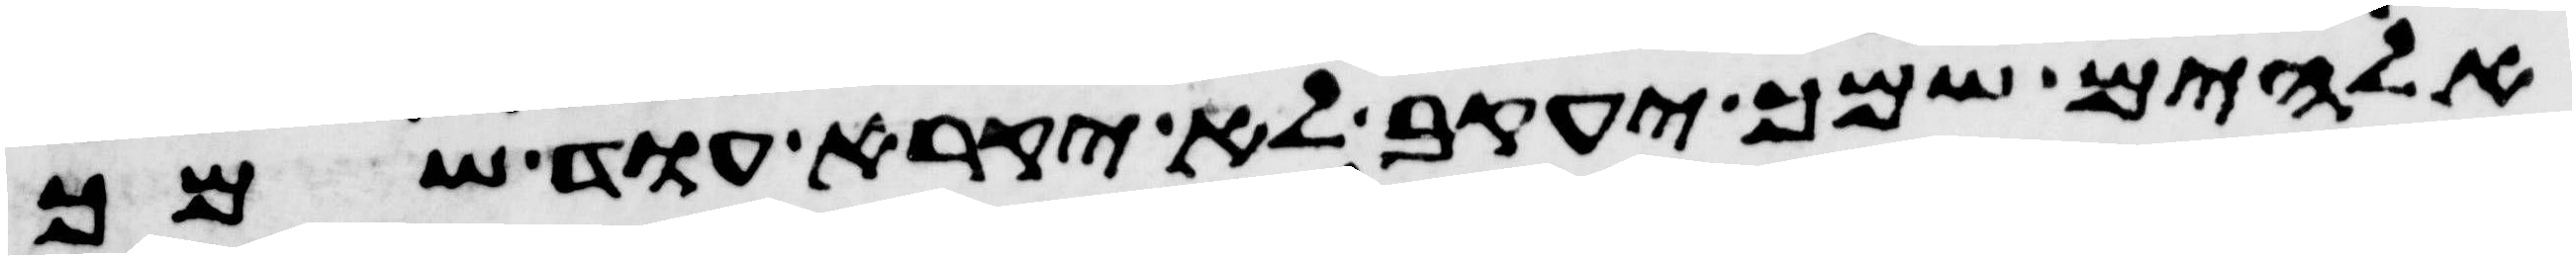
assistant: אלהים שמך יעקב לא יקרא עוד שמך